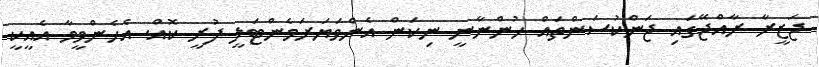
ޖަޒީރާ ރާއްޖޭގައި ޖަންކުސަންތައް ހުންނާނީ ނިކަން އެންވަޔަރަމެންޓަލީ ފުރީ ކޮއް. އެހެންވީމާ އެއީކީ